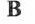
B